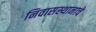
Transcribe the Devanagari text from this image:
निवासस्थानाचे